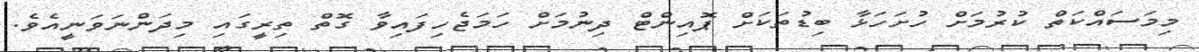
މިމަސައްކަތް ކުރުމަށް ހުށަހަޅާ ބިޑުތަކަށް ޕޮއިންޓް ދިނުމަށް ހަމަޖެހިފައިވާ ގޮތް ތިރީގައި މިދަންނަވަނީއެވެ.